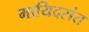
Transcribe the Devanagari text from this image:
मायिदरांत